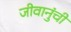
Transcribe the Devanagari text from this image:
जीवानुंची